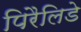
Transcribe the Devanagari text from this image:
पिरैलिडे